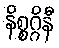
နိစ္စဂ္ဂိနီ